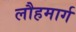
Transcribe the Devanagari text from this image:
लौहमार्ग